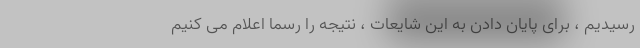
رسیدیم ، برای پایان دادن به این شایعات ، نتیجه را رسماً اعلام می کنیم